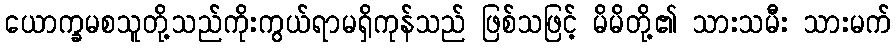
ယောက္ခမစသူတို့သည်ကိုးကွယ်ရာမရှိကုန်သည် ဖြစ်သဖြင့် မိမိတို့၏ သားသမီး သားမက်